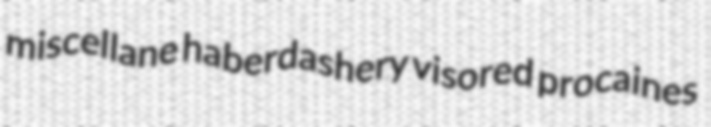
miscellane haberdashery visored procaines